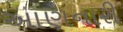
આણનારી